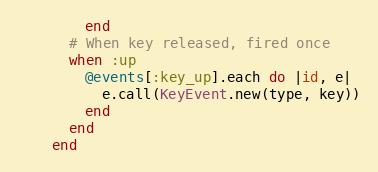
Language: Ruby
        end
      # When key released, fired once
      when :up
        @events[:key_up].each do |id, e|
          e.call(KeyEvent.new(type, key))
        end
      end
    end